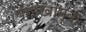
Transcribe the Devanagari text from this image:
पाइखोम्बा